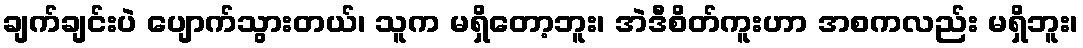
ချက်ချင်းပဲ ပျောက်သွားတယ်၊ သူက မရှိတော့ဘူး၊ အဲဒီစိတ်ကူးဟာ အစကလည်း မရှိဘူး၊